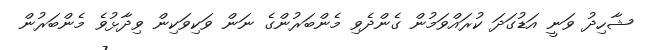
ޝާހިދު ވަނީ އަޑުގަދަ ކުރައްވަމުން ގެންދެވި މެންބަރުންގެ ނަން ވަކިވަކިން ވިދާޅުވެ މެންބަރުން